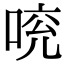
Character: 𠵷